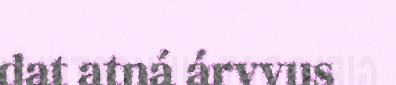
dat atná árvvus